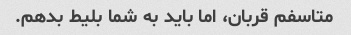
متاسفم قربان، اما باید به شما بلیط بدهم.